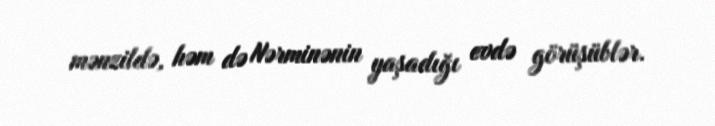
mənzildə, həm də Nərminənin yaşadığı evdə görüşüblər.